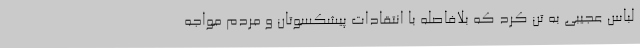
لباس عجیبی به تن کرد که بلافاصله با انتقادات پیشکسوتان و مردم مواجه